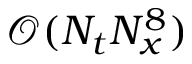
\mathcal { O } ( N _ { t } N _ { x } ^ { 8 } )